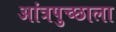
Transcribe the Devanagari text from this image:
आंत्रपुच्छाला